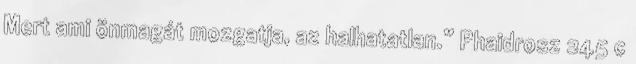
Mert ami önmagát mozgatja, az halhatatlan.” Phaidrosz 245 c